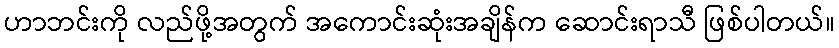
ဟာဘင်းကို လည်ဖို့အတွက် အကောင်းဆုံးအချိန်က ဆောင်းရာသီ ဖြစ်ပါတယ်။